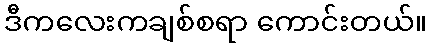
ဒီကလေးကချစ်စရာ ကောင်းတယ်။